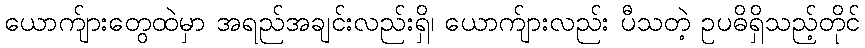
ယောက်ျားတွေထဲမှာ အရည်အချင်းလည်းရှိ၊ ယောက်ျားလည်း ပီသတဲ့ ဥပဓိရှိသည့်တိုင်